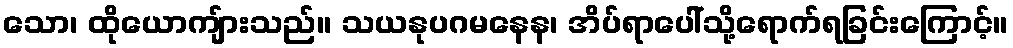
သော၊ ထိုယောကျ်ားသည်။ သယနုပဂမနေန၊ အိပ်ရာပေါ်သို့ရောက်ရခြင်းကြောင့်။